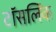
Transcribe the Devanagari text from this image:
टॉसलिंक